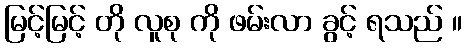
မြင့်မြင့် တို လူစု ကို ဖမ်းလာ ခွင့် ရသည် ။